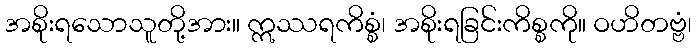
အစိုးရသောသူတို့အား။ ဣဿရကိစ္စံ၊ အစိုးရခြင်းကိစ္စကို။ ဝဟိတဗ္ဗံ၊